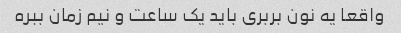
واقعا یه نون بربری باید یک ساعت و نیم زمان ببره